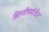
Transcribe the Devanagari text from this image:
ख्रिस्तीधर्मातील